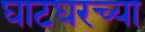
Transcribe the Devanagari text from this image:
घाटघरच्या